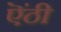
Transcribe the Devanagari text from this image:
ऎंठी